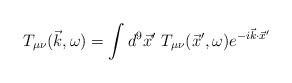
LaTeX: \begin{align*}T_{\mu \nu} (\vec{k},\omega) = \int d^9 \vec{x}'~ T_{\mu \nu} ( \vec{x}',\omega) e^{-i\vec{k}\cdot \vec{x}'}\end{align*}